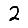
Digit: 2